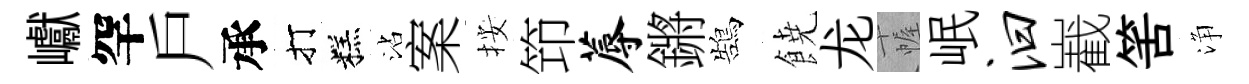
巘罕戶承打糕沾案按笻蓐鏘鵠𩜙龙幄岷汩嶻筈浄